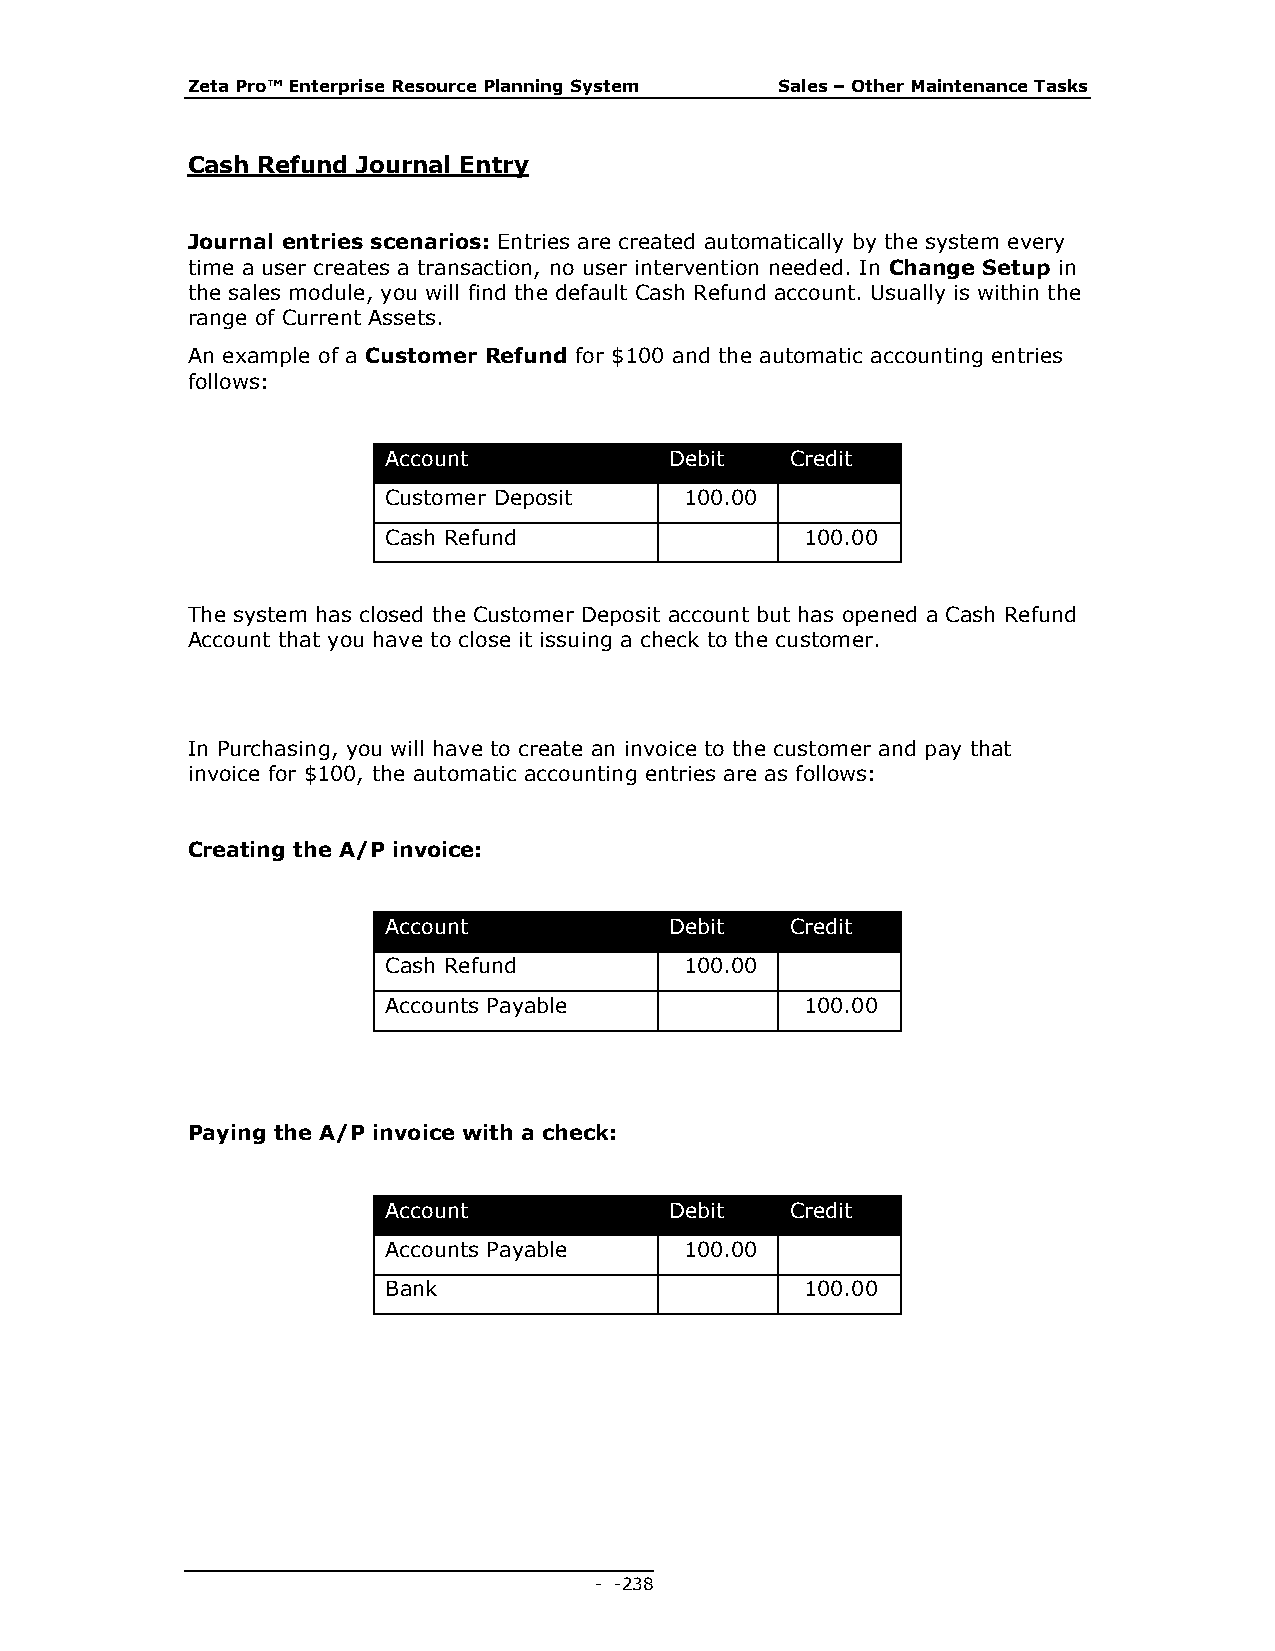
Zeta Pro™ Enterprise Resource Planning System Sales – Other Maintenance Tasks
 Cash Refund Journal Entry
 Journal entries scenarios: Entries are created automatically by the system every
 time a user creates a transaction, no user intervention needed. In Change Setup in
 the sales module, you will find the default Cash Refund account. Usually is within the
 range of Current Assets.
 An example of a Customer Refund for $100 and the automatic accounting entries
 follows:
 Account           Debit   Credit
 Customer Deposit   100.00
 Cash Refund                100.00
 The system has closed the Customer Deposit account but has opened a Cash Refund
 Account that you have to close it issuing a check to the customer.
 In Purchasing, you will have to create an invoice to the customer and pay that
 invoice for $100, the automatic accounting entries are as follows:
 Creating the A/P invoice:
 Account           Debit   Credit
 Cash Refund        100.00
 Accounts Payable           100.00
 Paying the A/P invoice with a check:
 Account           Debit   Credit
 Accounts Payable   100.00
 Bank                       100.00
 - - 238